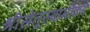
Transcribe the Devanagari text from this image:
श्रीसेतूस्वामींकडे